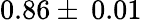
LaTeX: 0.86\pm\: 0.01